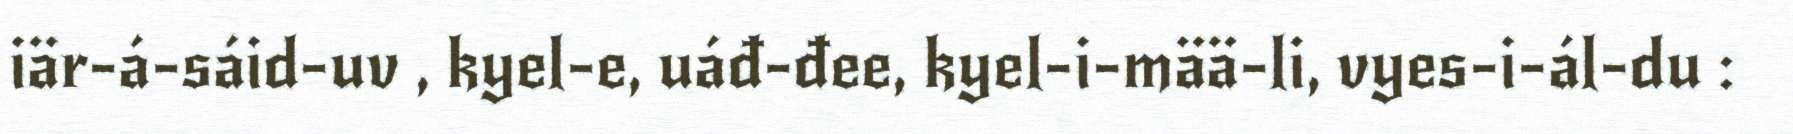
iär-á-sáid-uv , kyel-e, uáđ-đee, kyel-i-mää-li, vyes-i-ál-du :